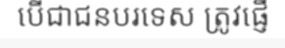
បើជាជនបរទេស ត្រូវផ្ញើ